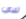
لدي